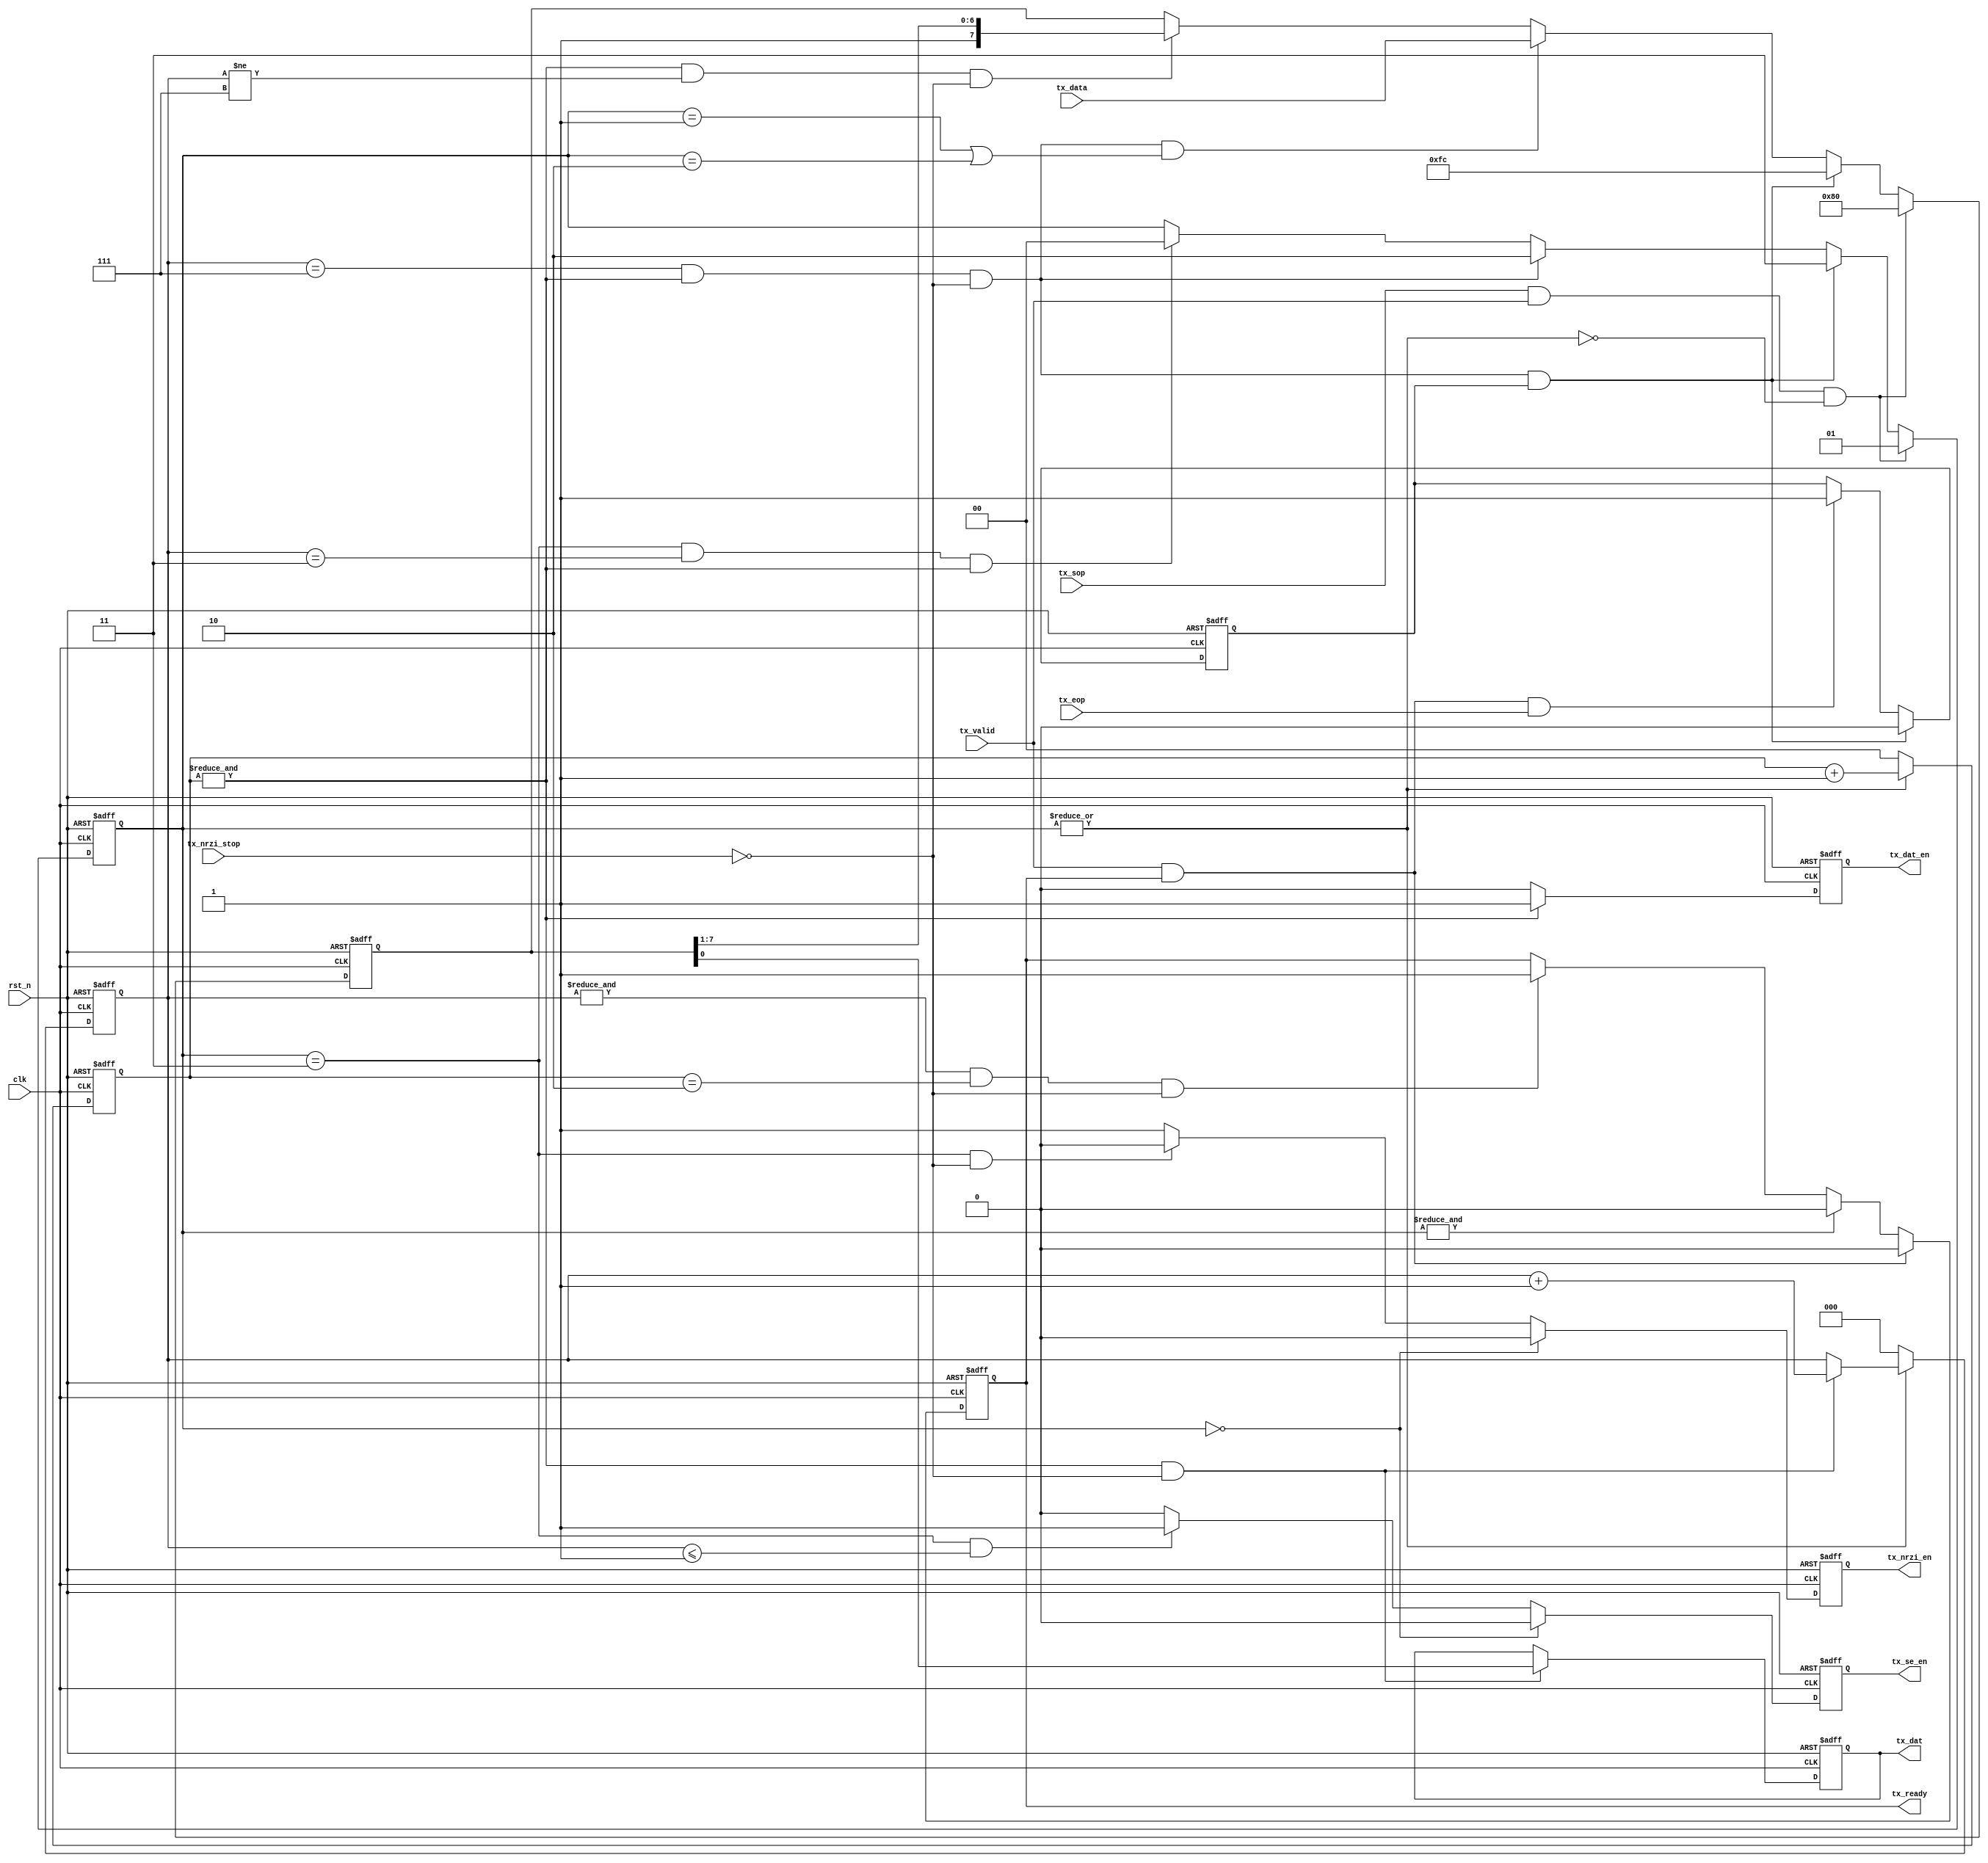
module phy_tx_p2s(
    input            clk         ,   //48M
    input            rst_n       ,

    input            tx_sop      ,
    input            tx_eop      ,
    input            tx_valid    ,
    output       reg tx_ready    ,
    input  [7:0]     tx_data     ,

    output       reg tx_dat      ,
    output       reg tx_dat_en   ,
    input            tx_nrzi_stop,   //delay 4 clks to insert 0
    output       reg tx_nrzi_en  ,
    output       reg tx_se_en    
);

//control signal
reg  [1:0] operation   ; //the operation flow
wire       sync_save   ; //prepare to send sync
wire       tx_data_save; //store tx_data, once a byte
wire       eop_save    ; //send eop
wire       shift_en    ; //send bit0, change to next bit
reg        eop_flag    ;
wire       tx_en       ; //every 4clks tx once
wire       byte_over   ; //have sent a byte
wire       eop_over    ; //have sent 2bits SE0 and J

//buf and cnt
reg [7:0] tx_data_buf;
reg [2:0] bit_cnt    ;
reg [1:0] tx_cnt     ;

//constant
wire [7:0] sync      ;
wire [7:0] eop       ;

assign sync = 8'b1000_0000;
assign eop  = 8'b1111_1100; //0xfc

//work state
always@(posedge clk or negedge rst_n) begin
if(!rst_n)
    operation <= 2'd0;
else if(sync_save)
    operation <= 2'd1;
else if(eop_save)
    operation <= 2'd3;
else if(byte_over)
    operation <= 2'd2;
else if(eop_over) 
    operation <= 2'd0;
end

//cnt logic, 2bits, modulus 4
always@(posedge clk or negedge rst_n) begin
if(!rst_n)
    tx_cnt <= 2'd0;
else if(~(|operation))
    tx_cnt <= 2'd0;
else 
    tx_cnt <= tx_cnt + 2'd1;
end

assign tx_en = (&tx_cnt);

always@(posedge clk or negedge rst_n) begin
if(!rst_n)
    bit_cnt <= 3'd0;
else if(~(|operation))//operation = 0, bit_cnt = 0
    bit_cnt <= 3'd0;
else if(tx_en && ~tx_nrzi_stop)
    bit_cnt <= bit_cnt + 1'b1;
end

//data flow
always@(posedge clk or negedge rst_n) begin
if(!rst_n)
    tx_data_buf <= 8'd0;
else if(sync_save)
    tx_data_buf <= sync;
else if(eop_save)
    tx_data_buf <= eop;    
else if(tx_data_save)
    tx_data_buf <= tx_data;
else if(shift_en)
    tx_data_buf <= {1'b1, tx_data_buf[7:1]};
end

always@(posedge clk or negedge rst_n) begin
if(!rst_n)
    tx_dat <= 1'b1;
else if(tx_en && ~tx_nrzi_stop)
    tx_dat <= tx_data_buf[0];
end

assign sync_save    = tx_sop        && tx_valid && (~(|operation)); //operation = 0
assign byte_over    = bit_cnt==3'd7 && tx_en    && ~tx_nrzi_stop  ; 

assign tx_data_save = byte_over && ((operation==2'd1) || (operation==2'd2));
assign eop_save     = byte_over && eop_flag                                ;
assign shift_en     = tx_en     && (bit_cnt!=3'd7) && ~tx_nrzi_stop        ;

assign eop_over     = operation==3'd3 && bit_cnt==3'd3 && tx_en;

always@(posedge clk or negedge rst_n) begin
if(!rst_n)
    tx_ready <= 1'b0;
else if(tx_valid && tx_ready)
    tx_ready <= 1'b0;
else if(&operation)
    tx_ready <= 1'b0;
else if(&bit_cnt && tx_cnt==2'd2 && ~tx_nrzi_stop)
    tx_ready <= 1'b1;    
end

always@(posedge clk or negedge rst_n) begin
if(!rst_n)
    tx_dat_en <= 1'b0;
else if(tx_en)
    tx_dat_en <= 1'b1;
else
    tx_dat_en <= 1'b0;
end

always@(posedge clk or negedge rst_n) begin
if(!rst_n)
    tx_nrzi_en <= 1'b0;
else if(operation == 2'd0)
    tx_nrzi_en <= 1'b0;
else if(operation == 2'd3 && ~tx_nrzi_stop)
    tx_nrzi_en <= 1'b0;
else
    tx_nrzi_en <= 1'b1;
end

always@(posedge clk or negedge rst_n) begin
if(!rst_n)
    tx_se_en <= 1'b0;
else if(operation==2'd0)
    tx_se_en <= 1'b0;
else if(operation==2'd3 && bit_cnt<=3'd1)
    tx_se_en <= 1'b1;
else 
    tx_se_en <= 1'b0;
end

always@(posedge clk or negedge rst_n) begin
if(!rst_n)
    eop_flag <= 1'b0;
else if(eop_save)
    eop_flag <= 1'b0;
else if(tx_valid && tx_ready && tx_eop)
    eop_flag <= 1'b1;
end

endmodule